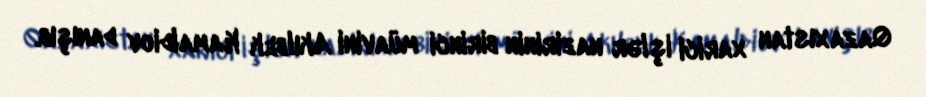
Qazaxıstan xarici işlər nazirinin birinci müavini Akılbek Kamaldiov danışıb.